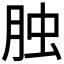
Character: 𦚭